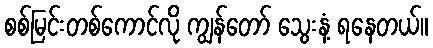
စစ်မြင်းတစ်ကောင်လို ကျွန်တော် သွေးနံ့ ရနေတယ်။